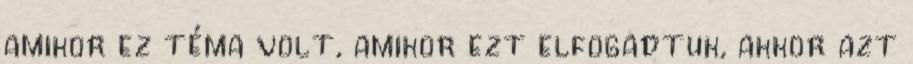
amikor ez téma volt, amikor ezt elfogadtuk, akkor azt